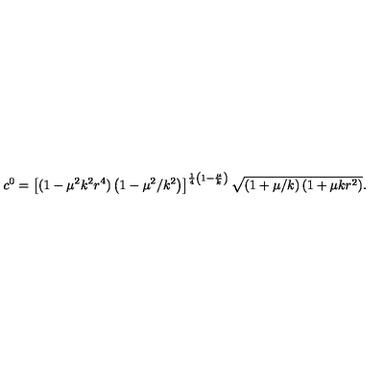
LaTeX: c ^ { 0 } = \left[ ( 1 - \mu ^ { 2 } k ^ { 2 } r ^ { 4 } ) \left( 1 - \mu ^ { 2 } / k ^ { 2 } \right) \right] ^ { \frac { 1 } { 4 } \left( 1 - \frac { \mu } { k } \right) } \sqrt { \left( 1 + \mu / k \right) ( 1 + \mu k r ^ { 2 } ) } .